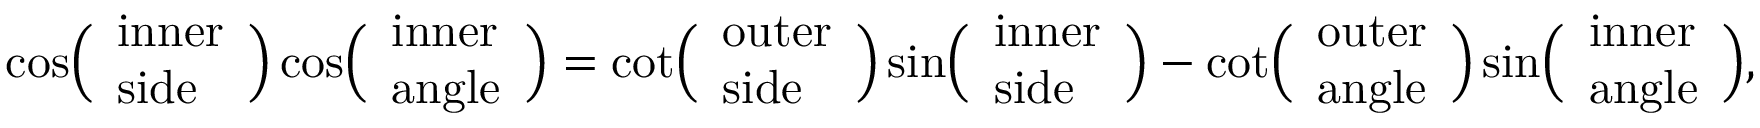
\cos \! { \Bigl ( } { \begin{array} { l } { { \mathrm { i n n e r } } } \\ { { \mathrm { s i d e } } } \end{array} } { \Bigr ) } \cos \! { \Bigl ( } { \begin{array} { l } { { \mathrm { i n n e r } } } \\ { { \mathrm { a n g l e } } } \end{array} } { \Bigr ) } = \cot \! { \Bigl ( } { \begin{array} { l } { { \mathrm { o u t e r } } } \\ { { \mathrm { s i d e } } } \end{array} } { \Bigr ) } \sin \! { \Bigl ( } { \begin{array} { l } { { \mathrm { i n n e r } } } \\ { { \mathrm { s i d e } } } \end{array} } { \Bigr ) } - \cot \! { \Bigl ( } { \begin{array} { l } { { \mathrm { o u t e r } } } \\ { { \mathrm { a n g l e } } } \end{array} } { \Bigr ) } \sin \! { \Bigl ( } { \begin{array} { l } { { \mathrm { i n n e r } } } \\ { { \mathrm { a n g l e } } } \end{array} } { \Bigr ) } ,